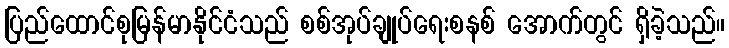
ပြည်ထောင်စုမြန်မာနိုင်ငံသည် စစ်အုပ်ချုပ်ရေးစနစ် အောက်တွင် ရှိခဲ့သည်။